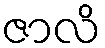
ဇာလိ